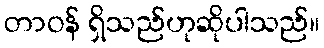
တာဝန် ရှိသည်ဟုဆိုပါသည်။